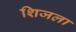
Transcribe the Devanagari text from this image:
शिजला